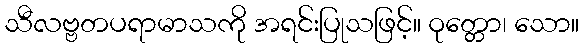
သီလဗ္ဗတပရာမာသကို အရင်းပြုသဖြင့်။ ဝုတ္တော၊ သော။